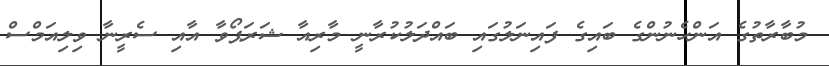
މުބާރާތުގެ އަންހެނުންގެ ބައިގެ ފައިނަލުގައި ބައްދަލުކުރާނީ މާރިއާ ޝަރަޕޯވާ އާއި ސެރީނާ ވިލިއަމްސް